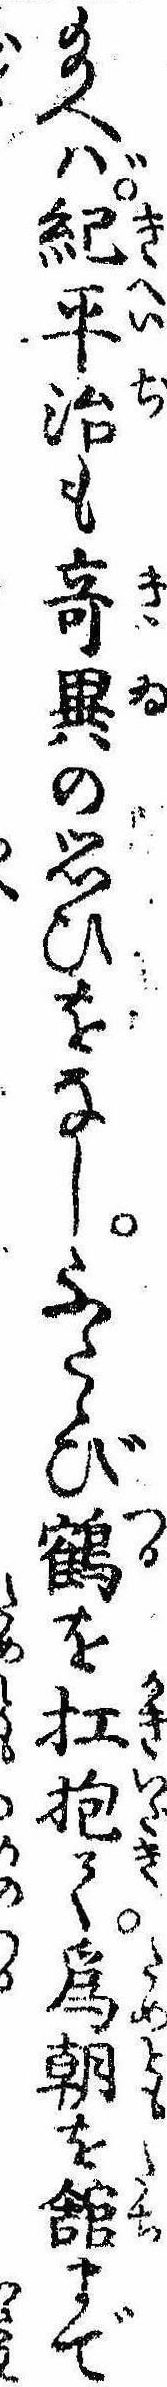
給へば紀平治も奇異の思ひをなしふたゝび鶴を扛抱て為朝を館まで